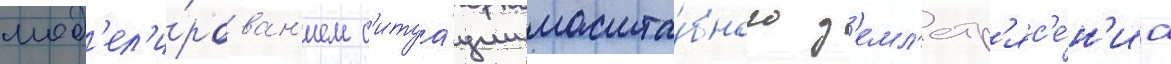
мод'ел'и́рован'ием с'итуа́ции масшта́бного з'емл'етр'яс'е́н'иа